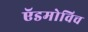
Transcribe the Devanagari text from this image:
ऍडमोविच